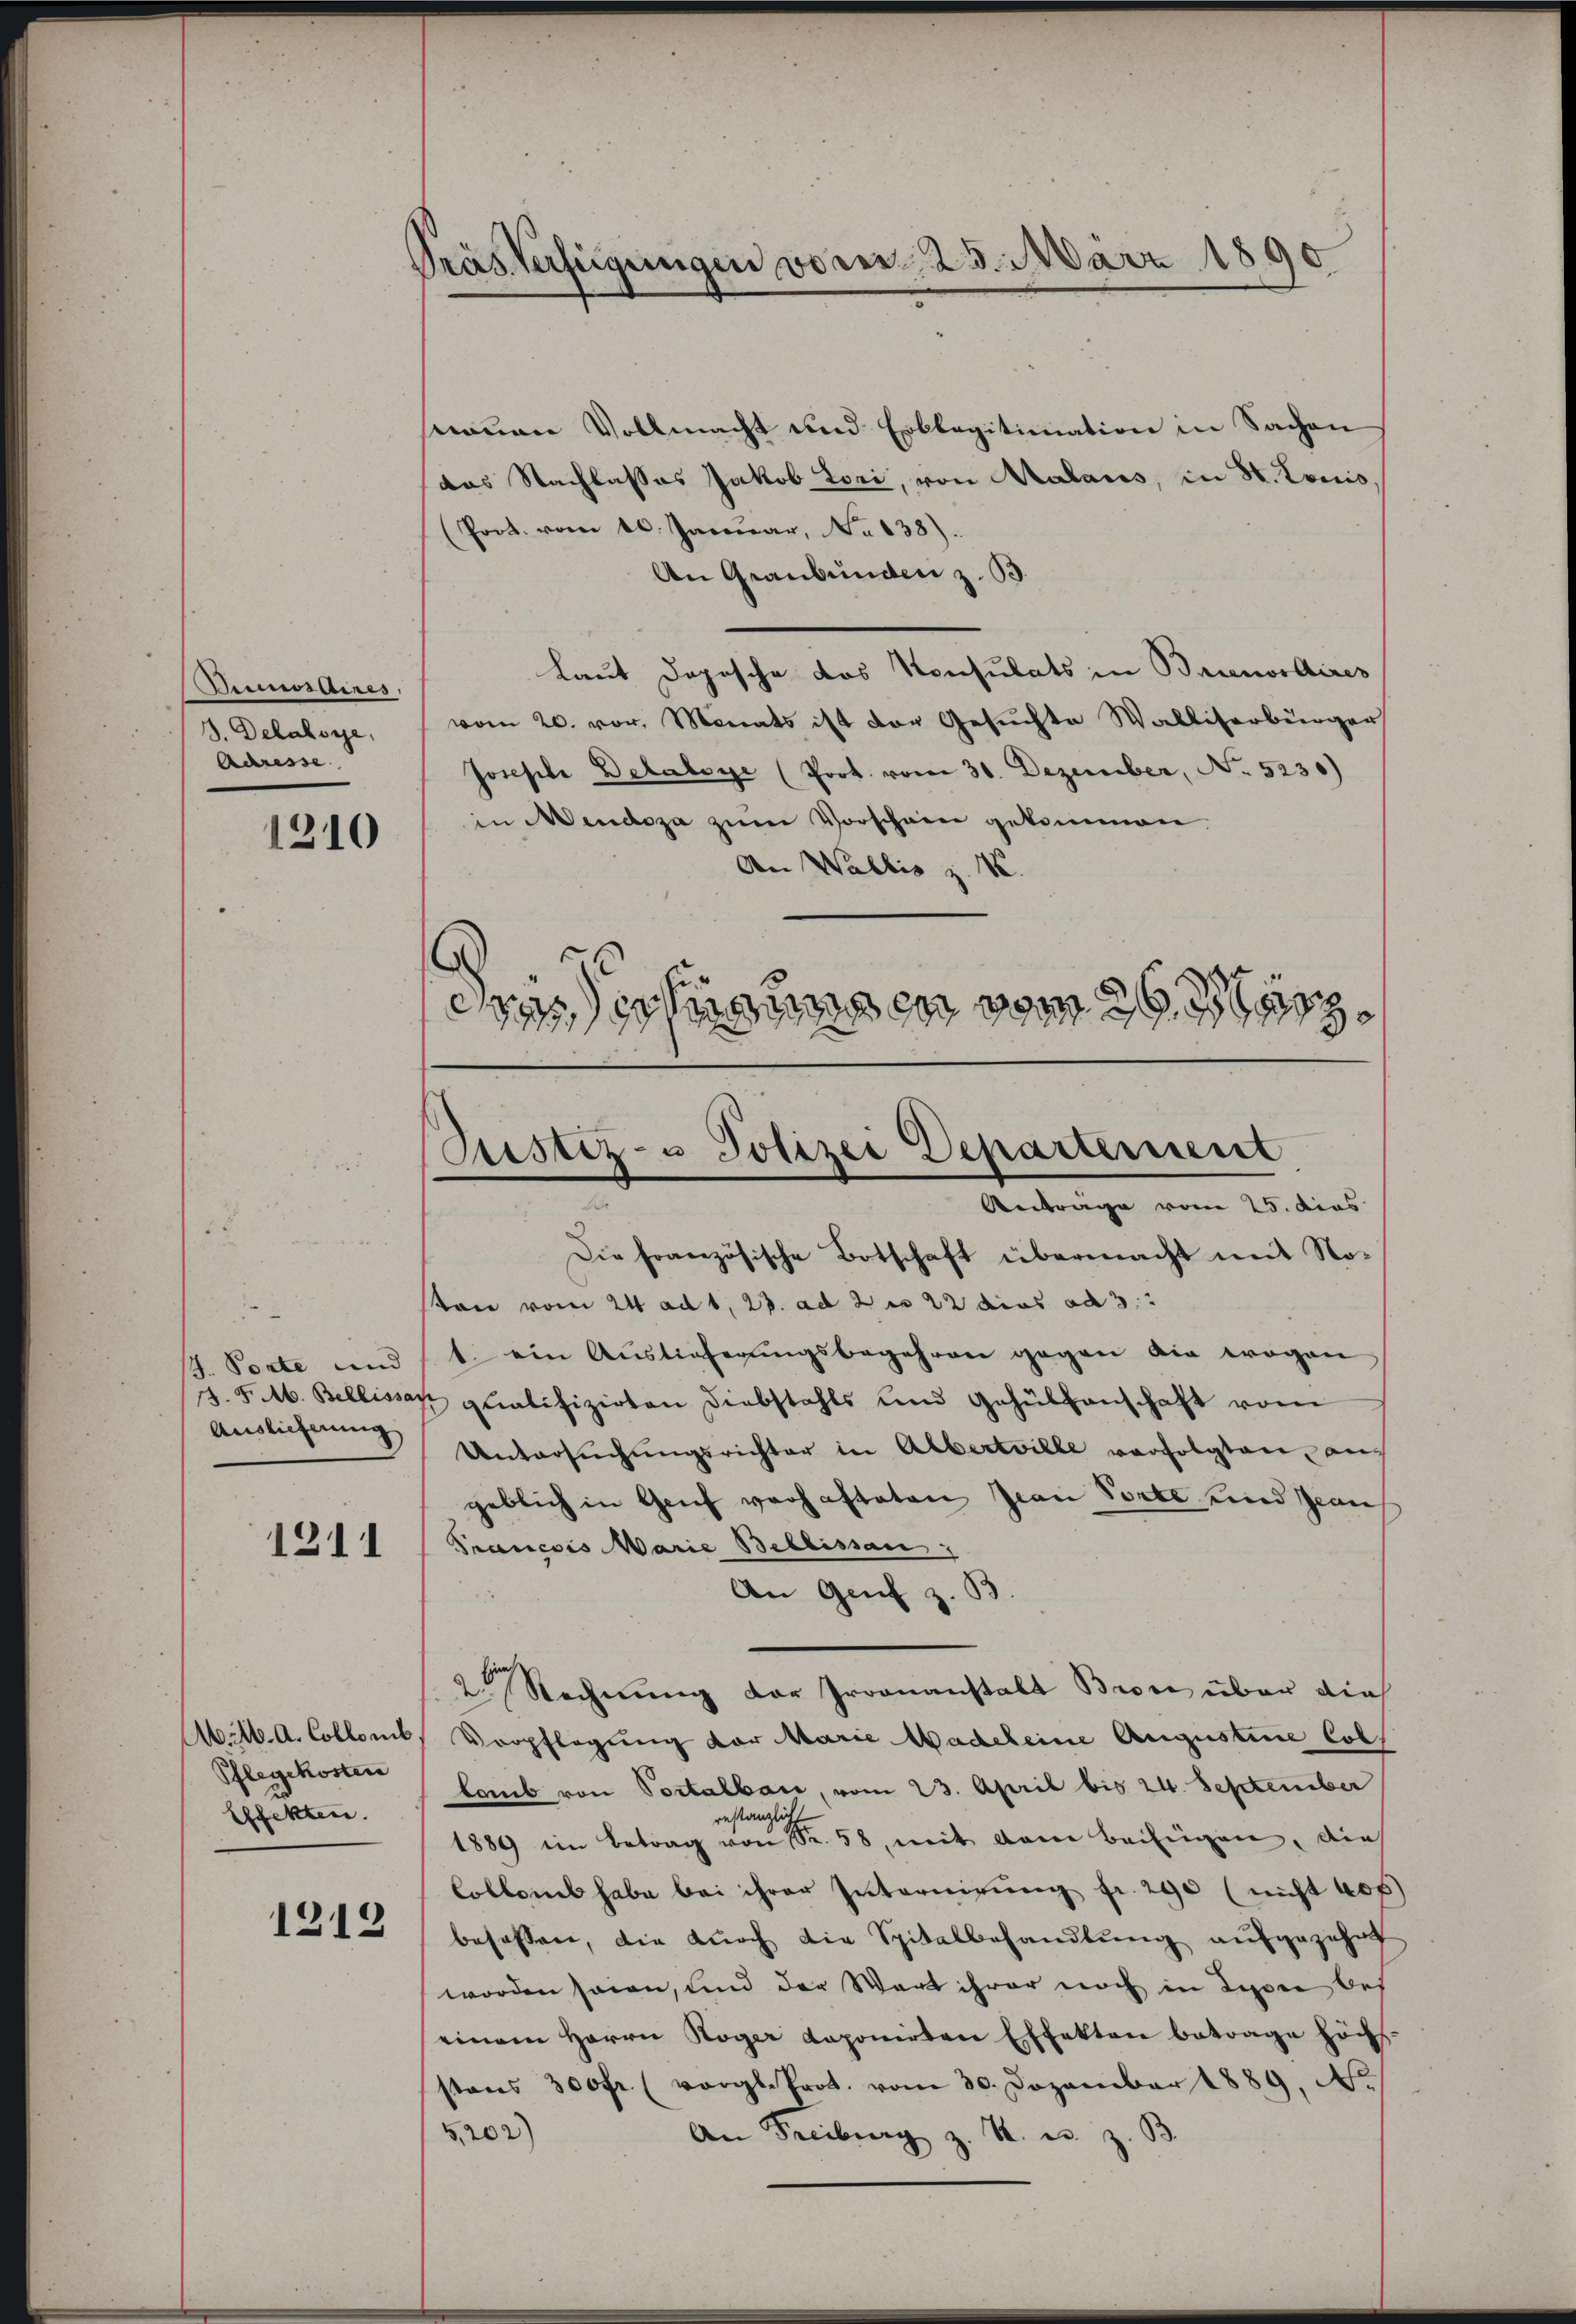
Annuaires.
3. Delabsye,
Adresse.

1210

J. Porte und
Auslieferung

1311

M. M. A. Collenb
Pflegekosten
Effekten.

1212

Pras Verfügungen vorer, 23. März 189

nauen Vollmacht und Erblagitimation in Sachen
das Nachlasses Jakob Lori, von Malans, in St. Louis
(Prot. vom 10. Januar, No 638).
An Graubünden z. B.
Laut dopesche das Konsulats in Brienordires
vom 20. vor. Monats ist der Gesuchte Walliserbürger
Josephe Detaboye (Prot. vom 30. Dezember, No. 5230)
in Mendoza zum Vorschein gekommen.
An Wallis z. B.
eras schnungen vom

Ptistiz- u Polizei Departement
Aeträge vom 25. dies

Die französische Botschaft übermacht mit Noton vom 24 ad 1, 23. ad 2 x 22 dies ad 3.
1. ein Aŭstieferŭngsbegehren gegen die wegen
J. F. 16. Bellissan qualifizirten Diebstahls und Gehülfenschaft vom
Untersŭchŭngsrichter in Albertrille verfolgten an
geblich in Genf verhafteten Jean Porte und gean
Prancois Marie Bellissan
An Genf z. B
2 Rechnung der Groonanstalt Brone über dies
Verpflegung der Marie Wadeleine Augustine Coll
lab von Portalbar, vom 23. April bis 24. September
restanzlich
1889 im Betrag von Sr. 58, mit dann beifügen, dies
Collens habe bei ihrer Internirung fr. 290 (nicht 400
besassen, die durch die Spitalbehandlung aufgezehrt
worden seien, und der Wart ihrer noch in Lyon bei
einem Herrn Koger Loponirten Effekten betrage höchs
stens 300fr. (vergl. Prot. vom 30. Dezember 1889, No
5202)
An Freiburg z. B. u. z. B.